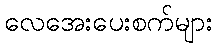
လေအေးပေးစက်များ